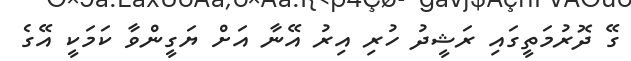
ގޭ ދޮރުމަތީގައި ރަޝީދު ހުރި އިރު އޭނާ އަށް ޔަގީންވާ ކަމަކީ އޭގެ